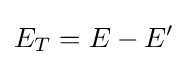
E_{T}=E-E^{\prime }